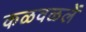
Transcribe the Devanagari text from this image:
कळवळलें